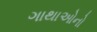
ગાથાઓનો